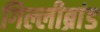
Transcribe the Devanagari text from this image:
गिल्लीब्रांड